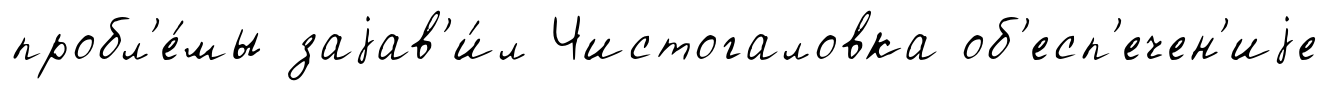
пробл'е́мы заjав'и́л Чистогаловка об'есп'ечен'иjе